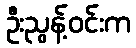
ဦးညွန့်ဝင်းက